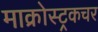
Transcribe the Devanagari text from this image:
माक्रोस्ट्रकचर